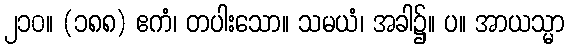
၂၁၀။ (၁၈၈) ဧကံ၊ တပါးသော။ သမယံ၊ အခါ၌။ ပ။ အာယသ္မာ